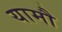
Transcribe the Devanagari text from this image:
यामौ